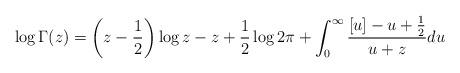
LaTeX: \begin{align*} \log{\Gamma(z)} = \left(z - \frac{1}{2}\right)\log{z} - z + \frac{1}{2}\log{2\pi} + \int_0^\infty \frac{[u] - u + \frac{1}{2}}{u + z} du\end{align*}